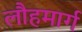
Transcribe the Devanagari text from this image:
लौहमार्ग